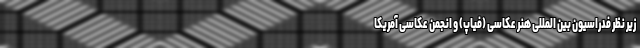
زیر نظر فدراسیون بین المللی هنر عکاسی (فیاپ) و انجمن عکاسی آمریکا